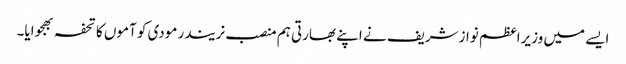
ایسے میں وزیراعظم نوازشریف نے اپنے بھارتی ہم منصب نریندر مودی کو آموں کا تحفہ بھجوایا۔